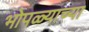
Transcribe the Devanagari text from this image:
भोपळ्याच्या